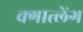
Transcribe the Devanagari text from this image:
क्गात्लेंग